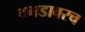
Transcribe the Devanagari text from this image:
दगडावरच